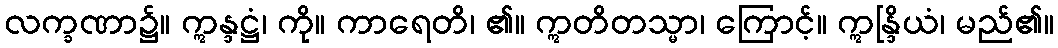
လက္ခဏာ၌။ ဣန္ဒဋ္ဌံ၊ ကို။ ကာရေတိ၊ ၏။ ဣတိတသ္မာ၊ ကြောင့်။ ဣန္ဒြိယံ၊ မည်၏။